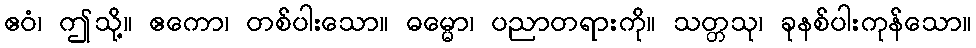
ဧဝံ၊ ဤသို့။ ဧကော၊ တစ်ပါးသော။ ဓမ္မော၊ ပညာတရားကို။ သတ္တသု၊ ခုနစ်ပါးကုန်သော။